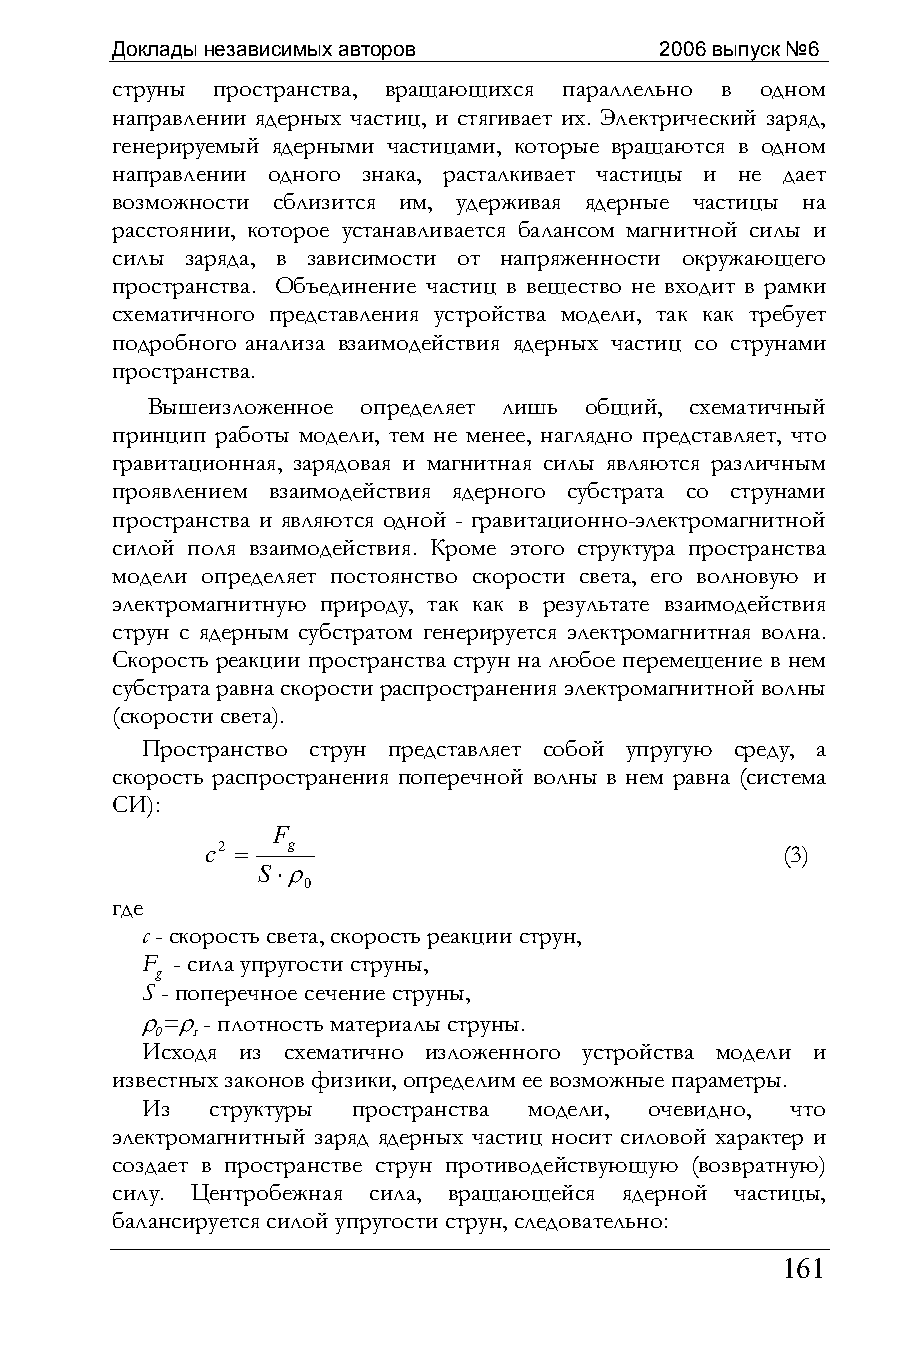
Доклады независимых авторов          2006 выпуск №6
 струны пространства, вращающихся параллельно в одном
 направлении ядерных частиц, и стягивает их. Электрический заряд,
 генерируемый ядерными частицами, которые вращаются в одном
 направлении одного знака, расталкивает частицы и не дает
 возможности сблизится им, удерживая ядерные частицы на
 расстоянии, которое устанавливается балансом магнитной силы и
 силы заряда, в зависимости от напряженности окружающего
 пространства. Объединение частиц в вещество не входит в рамки
 схематичного представления устройства модели, так как требует
 подробного анализа взаимодействия ядерных частиц со струнами
 пространства.
 Вышеизложенное определяет лишь общий, схематичный
 принцип работы модели, тем не менее, наглядно представляет, что
 гравитационная, зарядовая и магнитная силы являются различным
 проявлением взаимодействия ядерного субстрата со струнами
 пространства и являются одной - гравитационно-электромагнитной
 силой поля взаимодействия. Кроме этого структура пространства
 модели определяет постоянство скорости света, его волновую и
 электромагнитную природу, так как в результате взаимодействия
 струн с ядерным субстратом генерируется электромагнитная волна.
 Скорость реакции пространства струн на любое перемещение в нем
 субстрата равна скорости распространения электромагнитной волны
 (скорости света).
 Пространство струн представляет собой упругую среду, а
 скорость распространения поперечной волны в нем равна (система
 СИ):
 F
 c2 = g                                (3)
 S⋅ρ
 0
 где
 с - скорость света, скорость реакции струн,
 F - сила упругости струны,
 g
 S - поперечное сечение струны,
 ρ=ρ - плотность материалы струны.
 0  s
 Исходя из схематично изложенного устройства модели и
 известных законов физики, определим ее возможные параметры.
 Из   структуры пространства модели, очевидно, что
 электромагнитный заряд ядерных частиц носит силовой характер и
 создает в пространстве струн противодействующую (возвратную)
 силу. Центробежная сила, вращающейся ядерной частицы,
 балансируется силой упругости струн, следовательно:
 161